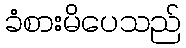
ခံစားမိပေသည်